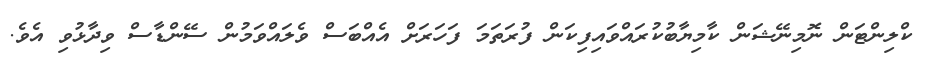
ކްލިންޓަން ނޮމިނޭޝަން ކާމިޔާބުކުރައްވައިފިކަން ފުރަތަމަ ފަހަރަށް އެއްބަސް ވެލައްވަމުން ސޭންޑާސް ވިދާޅުވި އެވެ.